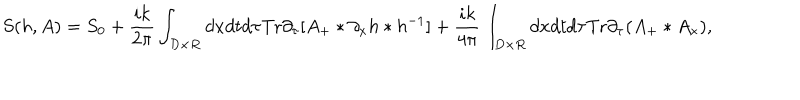
S ( h , A ) = S _ { 0 } + \frac { i k } { 2 \pi } \int _ { D \times R } d x d t d \tau \mathrm { T r } \partial _ { \tau } [ A _ { + } * \partial _ { x } h * h ^ { - 1 } ] + \frac { i k } { 4 \pi } \int _ { D \times R } d x d t d \tau \mathrm { T r } \partial _ { \tau } ( A _ { + } * A _ { x } ) ,